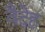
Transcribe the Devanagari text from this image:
वैदेह